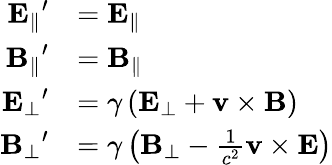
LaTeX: {\begin{array}{rl}{\mathbf{E_{\parallel}}^{\prime}}&{=\mathbf{E_{\parallel}}}\\ {\mathbf{B_{\parallel}}^{\prime}}&{=\mathbf{B_{\parallel}}}\\ {\mathbf{E_{\bot}}^{\prime}}&{=\gamma\left(\mathbf{E}_{\bot}+\mathbf{v}\times\mathbf{B}\right)}\\ {\mathbf{B_{\bot}}^{\prime}}&{=\gamma\left(\mathbf{B}_{\bot}-{\frac{1}{c^{2}}}\mathbf{v}\times\mathbf{E}\right)}\end{array}}